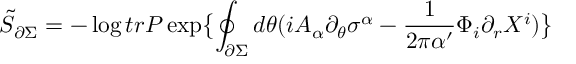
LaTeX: \tilde { S } _ { \partial \Sigma } = - \log t r P \exp \bigl \lbrace \oint _ { \partial \Sigma } d \theta ( i A _ { \alpha } \partial _ { \theta } \sigma ^ { \alpha } - \frac { 1 } { 2 \pi \alpha ^ { \prime } } \Phi _ { i } \partial _ { r } X ^ { i } ) \bigr \rbrace